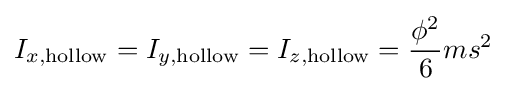
I_{x,\mathrm {hollow} }=I_{y,\mathrm {hollow} }=I_{z,\mathrm {hollow} }={\frac {\phi ^{2}}{6}}ms^{2}